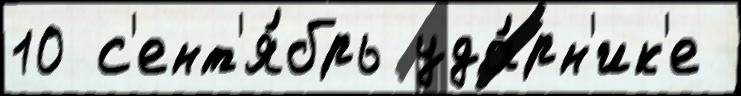
10 с'ент'я́брь уда́рн'ик'е